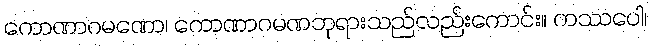
ကောဏာဂမဏော၊ ကောဏာဂမဏဘုရားသည်လည်းကောင်း။ ကဿပေါ၊